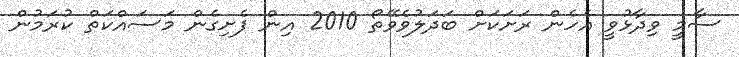
ސާމީ ވިދާޅުވީ އެހެން ރަށަކަށް ބަދަލުވެވޭތޯ 2010 އިން ފެށިގެން މަސައްކަތް ކުރަމުން